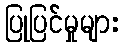
ပြုပြင်မှုများ